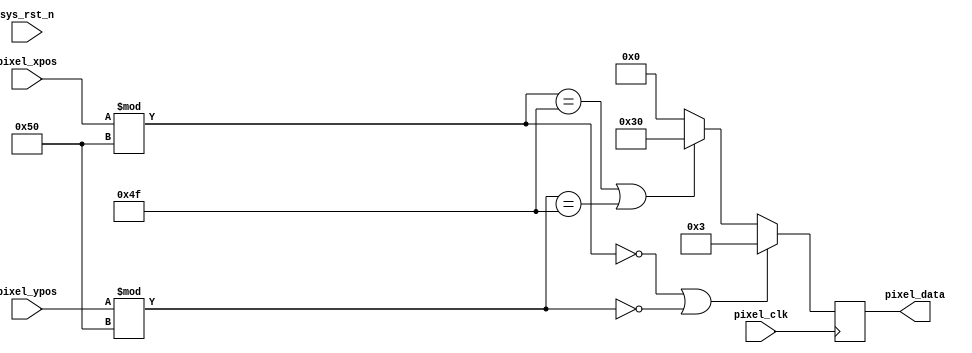
module  vga_display(
    input                pixel_clk,
    input                sys_rst_n,
    
    input        [9:0]  pixel_xpos,  //
    input        [9:0]  pixel_ypos,  //
    output  reg  [5:0]   pixel_data   //
);

//parameter define
parameter  H_DISP = 10'd640;                       //
parameter  V_DISP = 10'd480;                        //

localparam WHITE  = 6'b11_11_11;  //RGB222 
localparam BLACK  = 6'b00_00_00;  //RGB222 
localparam RED    = 6'b11_00_00;  //RGB222 
localparam GREEN  = 6'b00_11_00;  //RGB222 
localparam Green  = 6'b00_01_00;  //RGB222 
localparam BLUE   = 6'b00_00_11;  //RGB222 

// wire
wire display_region;    // 
wire edge_region;       // 
wire axis_region;			//	
wire grid_region;			// 
    
//*****************************************************
//**                    main code
//*****************************************************

// 
assign display_region = ((pixel_xpos >= 140 - 1) && (pixel_xpos <= 1280 - 140) && (pixel_ypos >= 48) && (pixel_ypos <= 624)) ? 1'b1 : 1'b0;
// 
assign edge_region = ((pixel_xpos == 140 - 1) || (pixel_xpos == 1280 - 140) || (pixel_ypos == 48) || (pixel_ypos == 624)) ? 1'b1 : 1'b0;
// 
assign axis_region = ((pixel_xpos == 640) || (pixel_ypos == 336)) ? 1'b1 : 1'b0;
// 
assign grid_region = ((((( pixel_xpos / 64 ) * 64 - pixel_xpos) == 0) && (pixel_ypos[0])) || ((((pixel_ypos / 32) * 32 - pixel_ypos) == 0) && (pixel_xpos[0]))) ? 1'b1 : 1'b0;

// //
// always @(posedge pixel_clk ) begin
//     if (!sys_rst_n) begin
//         pixel_data <= WHITE;
//     end else begin
//         if(display_region) begin
//             if(edge_region) begin
//                 pixel_data <= GREEN;
//             end else if(grid_region) begin
//                 pixel_data <= Green;
//             end else begin
//                 pixel_data <= BLACK;
//             end
//         end else begin
//             pixel_data <= BLACK;
//         end
//     end  
// end

// assign test_region = (
//                         (pixel_xpos == 0) ||    // left edge
//                         (pixel_ypos == 0) ||    // top edge
//                         (pixel_xpos == 639) ||  // right edge
//                         (pixel_ypos == 479)     // bottom edge 
//                         );

assign  test_region = ((pixel_xpos % 80 == 0) || (pixel_ypos % 80 ==0));

assign  test_region2 = ((pixel_xpos % 80 == 79) || (pixel_ypos % 80 == 79));

always @(posedge pixel_clk ) begin
    if(test_region) begin
        pixel_data <= BLUE;
    end else if(test_region2) begin
        pixel_data <= RED;
    end else begin
        pixel_data <= BLACK;
    end
end

endmodule